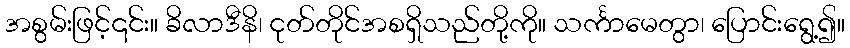
အစွမ်းဖြင့်၎င်း။ ခိလာဒီနိ၊ ငုတ်တိုင်အစရှိသည်တို့ကို။ သင်္ကာမေတွာ၊ ပြောင်းရွေ့၍။